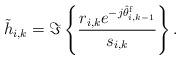
LaTeX: \begin{align*}\tilde h_{i,k}=\Im\left\{\frac{r_{i,k}e^{-j\hat\theta^{\mathrm f}_{i,k-1}}}{s_{i,k}}\right\}.\end{align*}